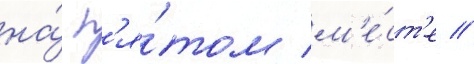
на́ п'я́том м'е́ст'е //